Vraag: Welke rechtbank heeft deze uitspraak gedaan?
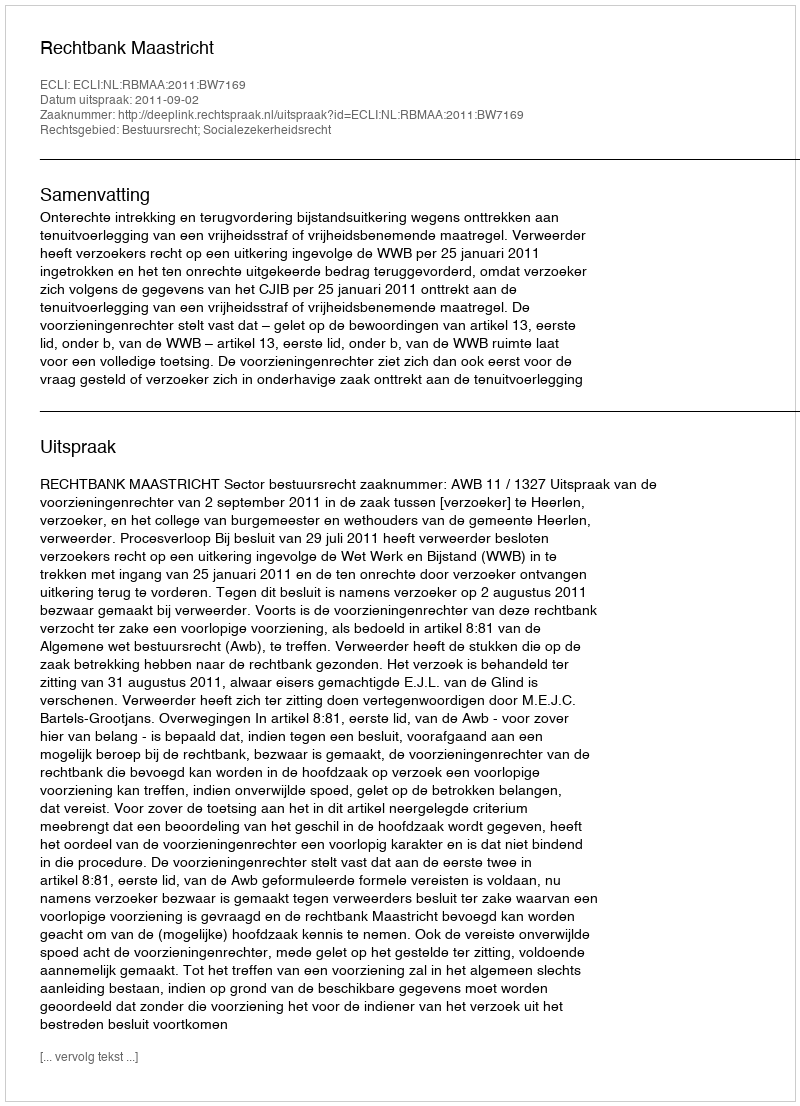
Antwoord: Rechtbank Maastricht